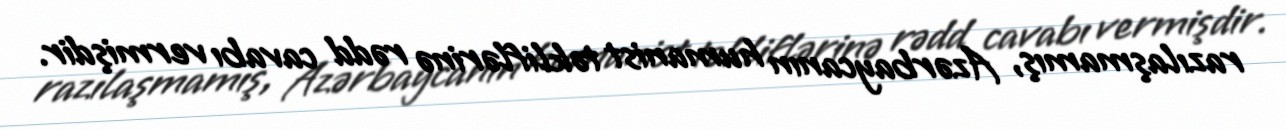
razılaşmamış, Azərbaycanın humanist təkliflərinə rədd cavabı vermişdir.